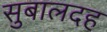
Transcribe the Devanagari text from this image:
सुबालदह